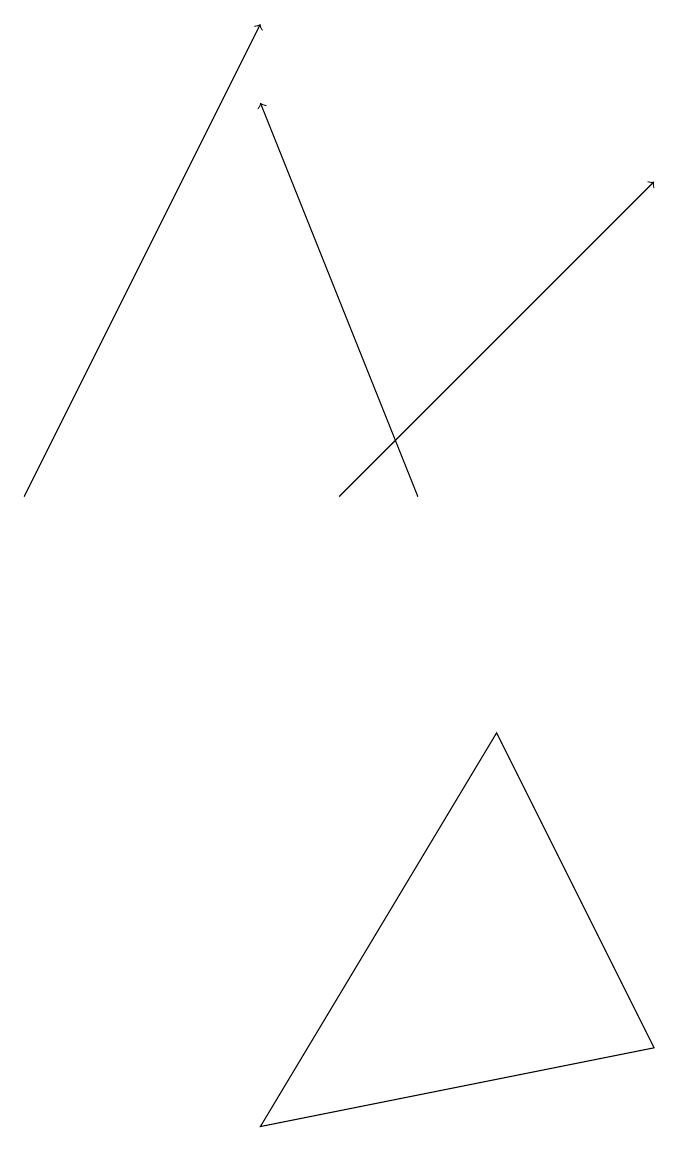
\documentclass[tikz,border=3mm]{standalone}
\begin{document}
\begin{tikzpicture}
\draw (4,3) -- (7,8) -- (9,4) -- cycle;
\draw[->] (1,11) -- (4,17);
\draw[->] (6,11) -- (4,16);
\draw[->] (5,11) -- (9,15);
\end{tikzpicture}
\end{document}